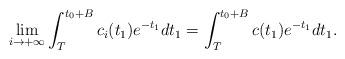
LaTeX: \begin{align*}\lim_{i\to+\infty}\int_T^{t_0+B}c_i(t_1)e^{-t_1}dt_1=\int_{T}^{t_0+B}c(t_1)e^{-t_1}dt_1.\end{align*}